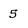
Character: 5